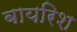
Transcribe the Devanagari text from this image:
बायरिश